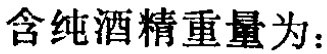
含纯酒精重量为：